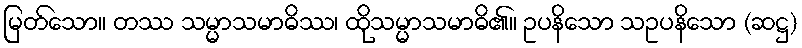
မြတ်သော။ တဿ သမ္မာသမာဓိဿ၊ ထိုသမ္မာသမာဓိ၏။ ဥပနိသော သဥပနိသော (ဆဋ္ဌ)